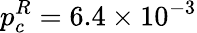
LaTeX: p_{c}^{R}=6.4\times 10^{-3}